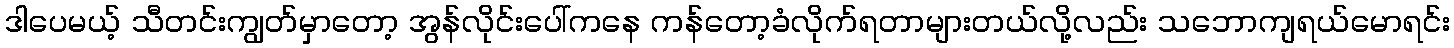
ဒါပေမယ့် သီတင်းကျွတ်မှာတော့ အွန်လိုင်းပေါ်ကနေ ကန်တော့ခံလိုက်ရတာများတယ်လို့လည်း သဘောကျရယ်မောရင်း